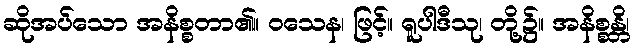
ဆိုအပ်သော အနိစ္စတာ၏။ ဝသေန၊ ဖြင့်။ ရူပါဒီသု၊ တို့၌။ အနိစ္စန္တိ၊